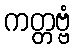
ကတ္တဗ္ဗံ